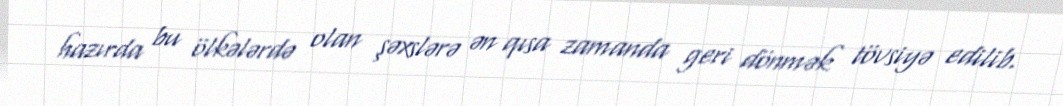
hazırda bu ölkələrdə olan şəxslərə ən qısa zamanda geri dönmək tövsiyə edilib.